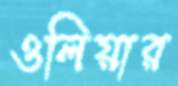
ওলিয়ার